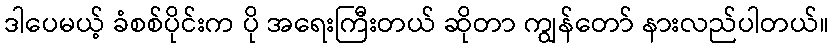
ဒါပေမယ့် ခံစစ်ပိုင်းက ပို အရေးကြီးတယ် ဆိုတာ ကျွန်တော် နားလည်ပါတယ်။